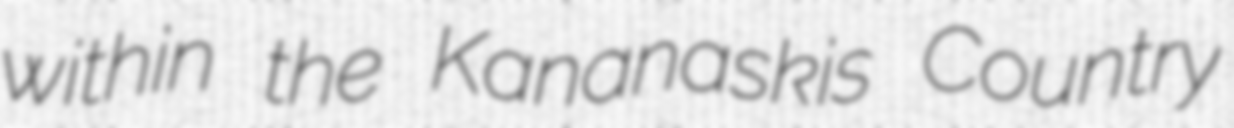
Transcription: within the Kananaskis Country